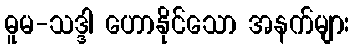
ဓူမ-သဒ္ဒါ ဟောနိုင်သော အနက်များ